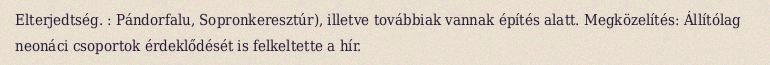
Elterjedtség. : Pándorfalu, Sopronkeresztúr), illetve továbbiak vannak építés alatt. Megközelítés: Állítólag neonáci csoportok érdeklődését is felkeltette a hír.